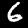
Label: 6